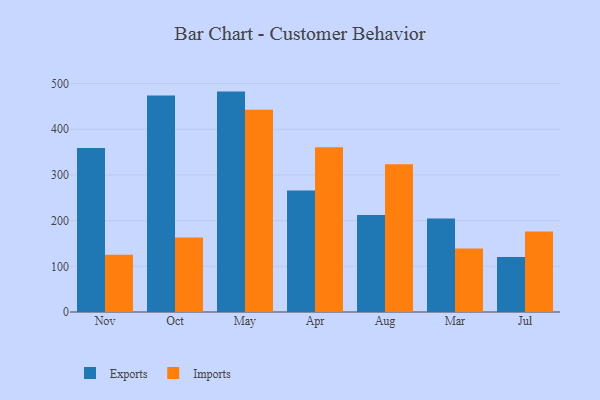
{"axis": {"x": "Month", "y": "Energy Usage (MWh)"}, "legend": ["Exports", "Imports"], "data": [{"x": "Nov", "y": 359.1, "type": "Exports"}, {"x": "Nov", "y": 125.4, "type": "Imports"}, {"x": "Oct", "y": 473.8, "type": "Exports"}, {"x": "Oct", "y": 162.9, "type": "Imports"}, {"x": "May", "y": 482.3, "type": "Exports"}, {"x": "May", "y": 442.7, "type": "Imports"}, {"x": "Apr", "y": 265.7, "type": "Exports"}, {"x": "Apr", "y": 360.5, "type": "Imports"}, {"x": "Aug", "y": 212.4, "type": "Exports"}, {"x": "Aug", "y": 323.3, "type": "Imports"}, {"x": "Mar", "y": 204.4, "type": "Exports"}, {"x": "Mar", "y": 139.0, "type": "Imports"}, {"x": "Jul", "y": 120.6, "type": "Exports"}, {"x": "Jul", "y": 176.0, "type": "Imports"}]}